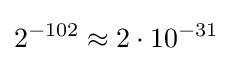
2^{-102}\approx 2\cdot 10^{-31}